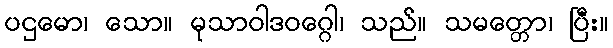
ပဌမော၊ သော။ မုသာဝါဒဝဂ္ဂေါ၊ သည်။ သမတ္တော၊ ပြီး။